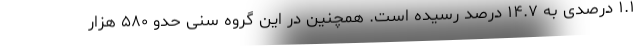
۱.۱ درصدی به ۱۴.۷ درصد رسیده است. همچنین در این گروه سنی حدو ۵۸۰ هزار